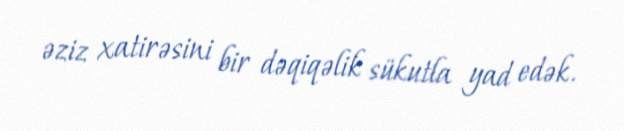
əziz xatirəsini bir dəqiqəlik sükutla yad edək.